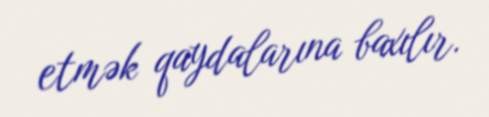
etmək qaydalarına baxılır.